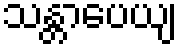
သန္တာပေယျ